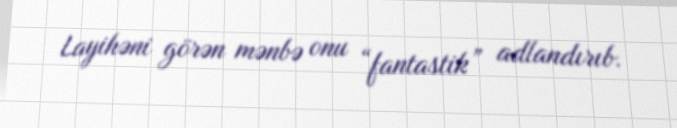
Layihəni görən mənbə onu “fantastik” adlandırıb.